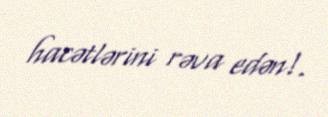
hacətlərini rəva edən!.